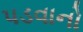
પડવાનો